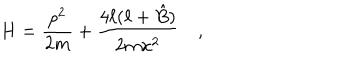
LaTeX: H = { \frac { p ^ { 2 } } { 2 m } } + { \frac { 4 \ell ( \ell + \hat { B } ) } { 2 m x ^ { 2 } } } \quad ,